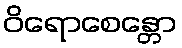
ဝိရောစေန္တော